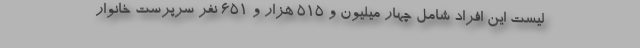
لیست این افراد شامل چهار میلیون و ۵۱۵ هزار و ۶۵۱ نفر سرپرست خانوار